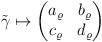
LaTeX: \begin{align*}\tilde{\gamma }\mapsto\begin{pmatrix}a_{\varrho }& b_{\varrho }\\ c_{\varrho }&d_{\varrho }\end{pmatrix}\end{align*}